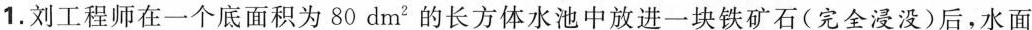
1.刘工程师在一个底面积为80dm^{2}的长方体水池中放进一块铁矿石(完全浸没)后，水面